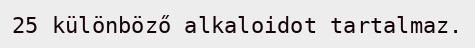
25 különböző alkaloidot tartalmaz.